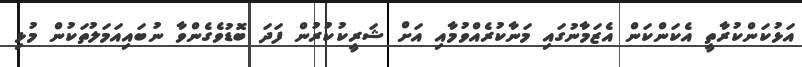
އަޅުކަންކުރާތީ އެކަންކަން އެޒަމާނުގައި މަނާކުރެއްވުމާއި އަށް ޝަރީކުކުރުން ފަދަ ބޮޑުވެގެންވާ ނުބައިއަމަލުތަކުން މުޅި